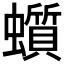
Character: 𧓳